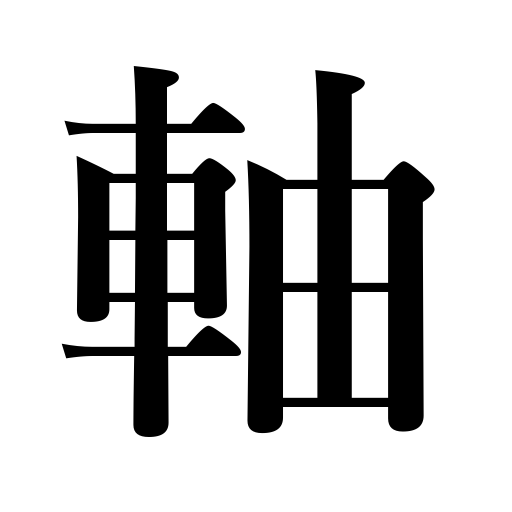
Meanings: stem,axis,shaft,axle,pivot,scroll picture,spindle,stalk,pen holder